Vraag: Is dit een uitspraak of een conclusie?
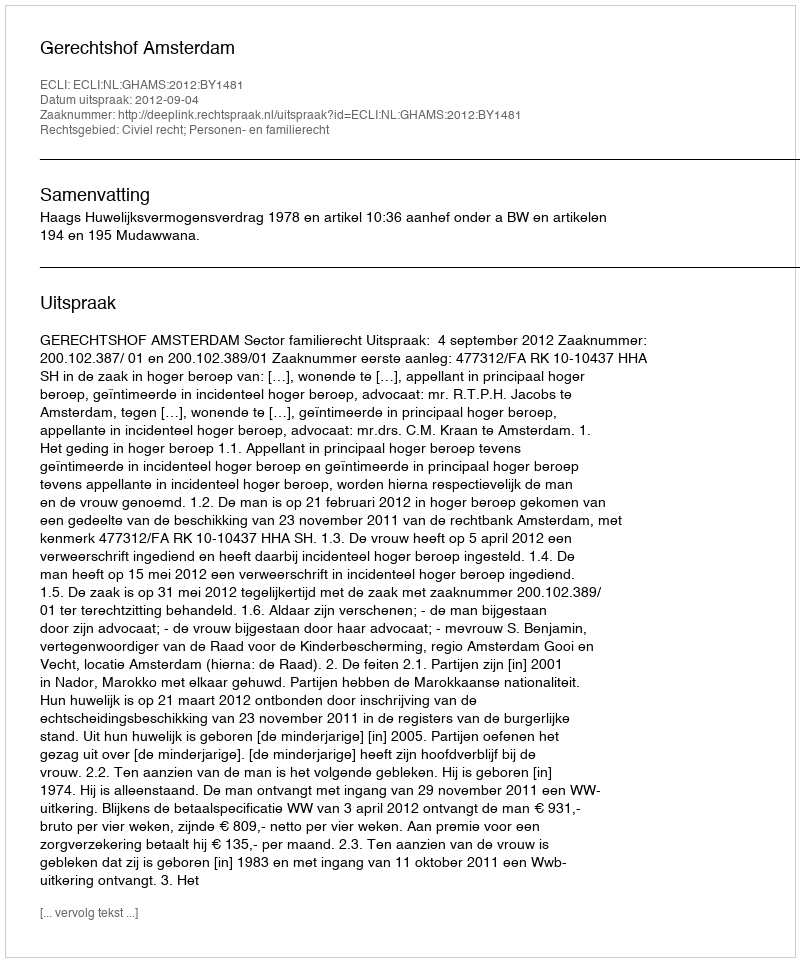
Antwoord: Uitspraak